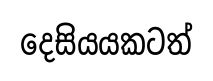
දෙසියයකටත්